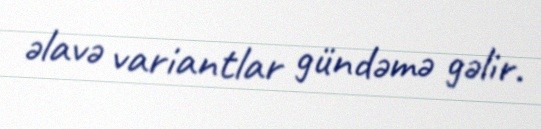
əlavə variantlar gündəmə gəlir.